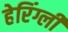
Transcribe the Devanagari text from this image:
हेरिंग्ली